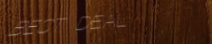
BEST DEAL